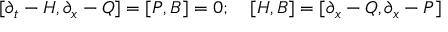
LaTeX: [ \partial _ { t } - H , \partial _ { x } - Q ] = [ P , B ] = 0 ; \quad [ H , B ] = [ \partial _ { x } - Q , \partial _ { x } - P ]